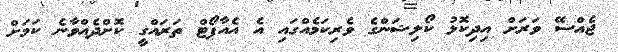
ޖެއްސޭ ވަރަށް އިދިކޮޅު ކޯލިޝަންގެ ވެރިކަމެއްގައި އެ އެއާޕޯޓް ތަރައްގީ ކޮށްދެއްވާނެ ކަމަށް